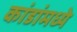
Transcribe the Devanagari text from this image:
कांडांमध्ये